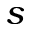
s